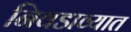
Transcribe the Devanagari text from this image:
निवडाव्यात